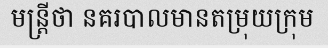
មន្ត្រីថា នគរបាលមានតម្រុយក្រុម